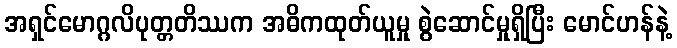
အရှင်မောဂ္ဂလိပုတ္တတိဿက အဓိကထုတ်ယူမှု စွဲဆောင်မှုရှိပြီး မောင်ဟန်နဲ့